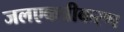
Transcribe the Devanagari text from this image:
जलएकत्रीकरण